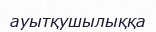
ауытқушылыққа